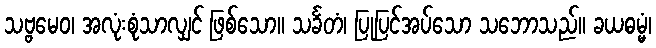
သဗ္ဗမေဝ၊ အလုံးစုံသာလျှင် ဖြစ်သော။ သင်္ခတံ၊ ပြုပြင်အပ်သော သဘောသည်။ ခယဓမ္မံ၊